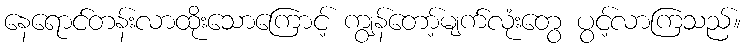
နေရောင်တန်းလာထိုးသောကြောင့် ကျွန်တော့်မျက်လုံးတွေ ပွင့်လာကြသည်။